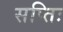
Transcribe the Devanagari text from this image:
सप्तिः